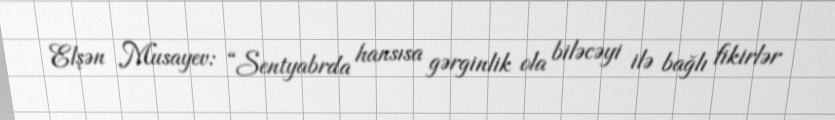
Elşən Musayev: “Sentyabrda hansısa gərginlik ola biləcəyi ilə bağlı fikirlər